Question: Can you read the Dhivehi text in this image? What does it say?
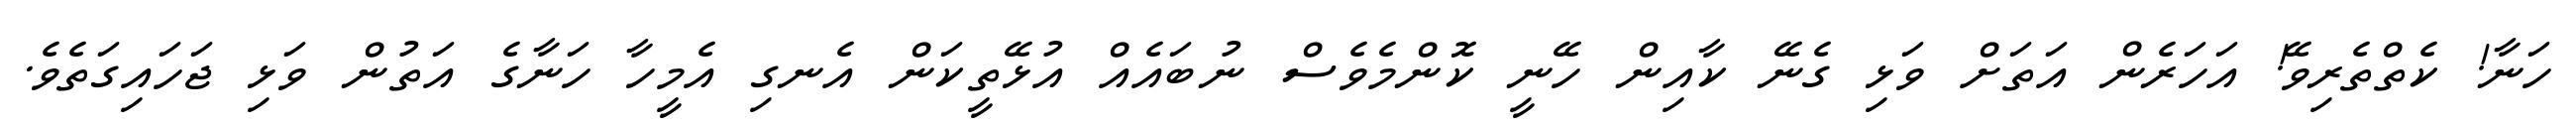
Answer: ހަނާ! ކެތްތެރިވޭ! އަހަރެން އަތަށް ވަޅި ގެނޭ ކާއިން ހޭނީ ކޮންމެވެސް ނުބައެއް އުޅޭތީކަން އެނގި އެމީހާ ހަނާގެ އަތުން ވަޅި ޖަހައިގަތެވެ.